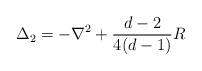
LaTeX: \begin{align*}\Delta_{2} = - \nabla^2 + {d-2 \over 4(d-1)}R\end{align*}